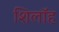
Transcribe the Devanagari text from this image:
शिलॉह